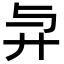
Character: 𢌱